Mustjala_vallavalitsus, lk 36
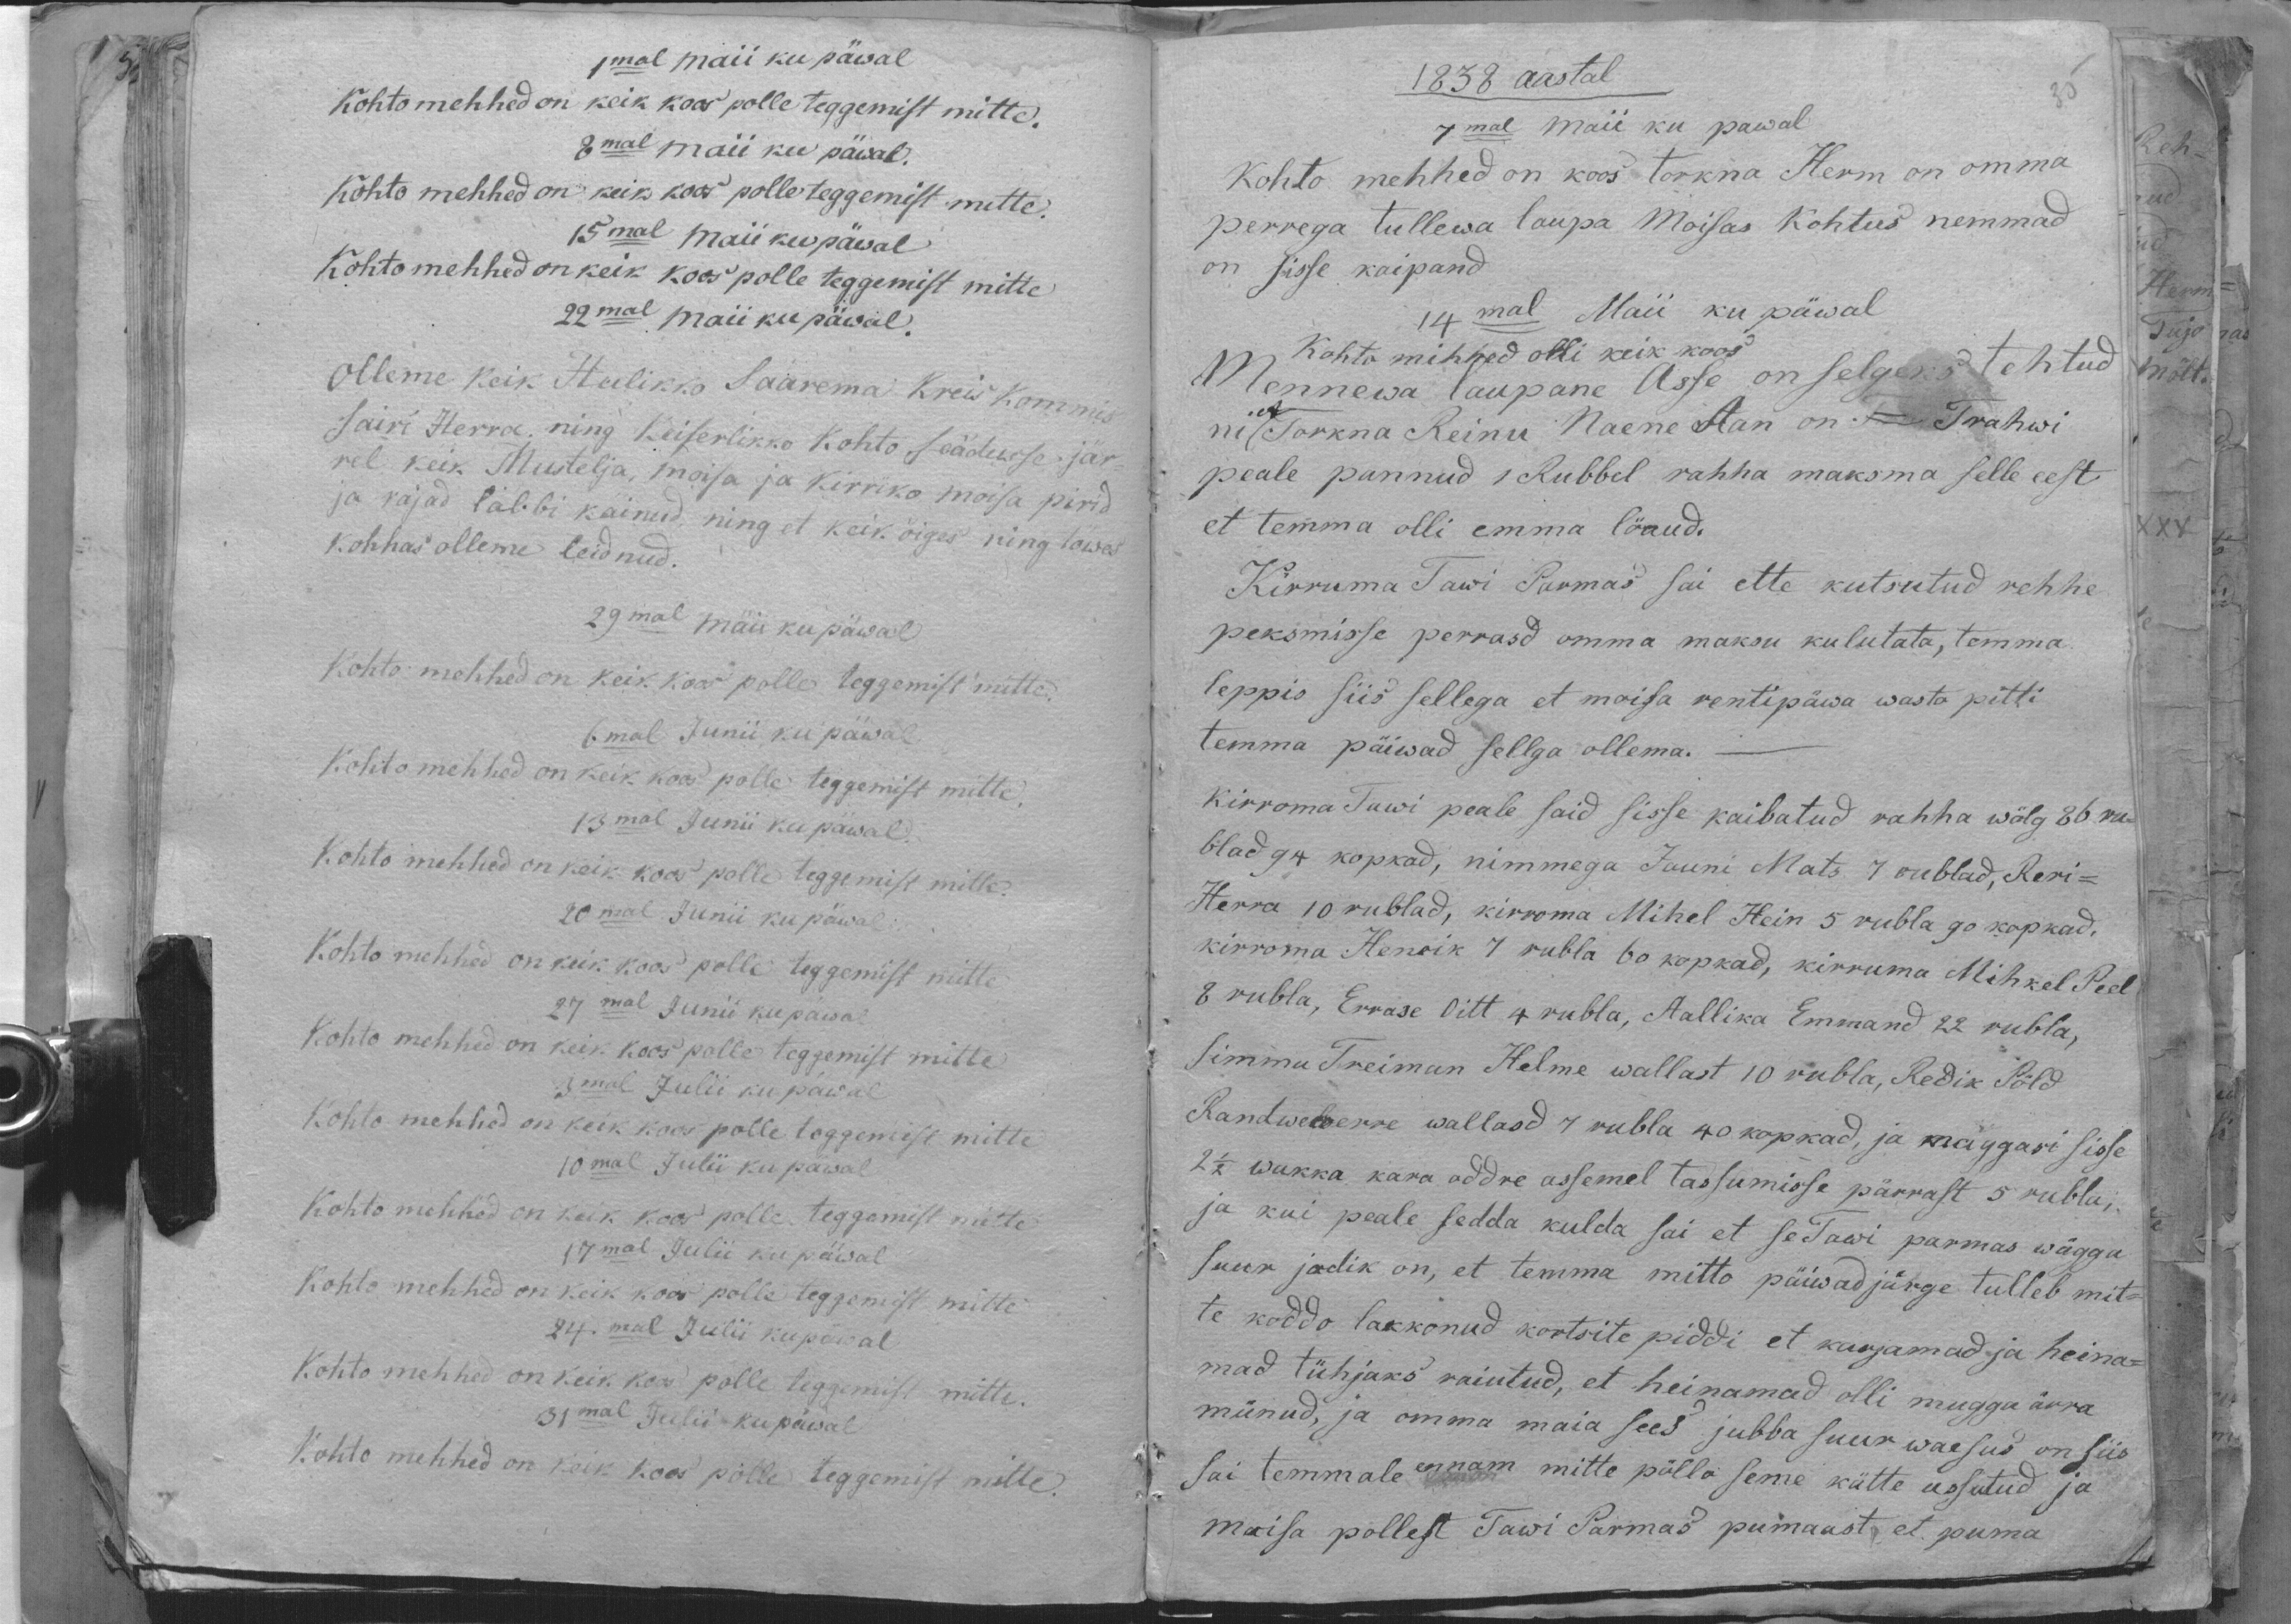
1mal maii ku päwal
Kohto mehhed on keik koos polle teggemist mitte.
8mal maii ku päwal.
Kohto mehhed on keik koos polle teggemist mitte.
15mal Maii ku päwal
Kohto mehhed on keik koos polle teggemist mitte
22mal maii ku päwal.
Olleme keik Hulikko Saarema Kreis Kommis
Jairi Herra ning Keiserlikko Kohto seädusse jär.
rel keik Mustelja, moisa ja kirriko moisa pirid
ja rajad läbbi käinud, ning et keik öiges ning töwes
kohhas olleme teidnud.
29mal mäii ku päwal
Kohto mehhed on keik koos polle teggemist mitte.
6mal Junii ku päwal
Kohto mehhed on keik koos polle teggemist mitte,
13mal Juniiku päwal.
Kohto mehhed on keik koos polle teggemist mitte.
20mal Junii ku päwal
Kohto mehhed on keik koos polle teggemist mitte
27mal Junii ku päwal.
Kohto mehhed on keik koos polle teggemist mitte
3mal Julii ku päwal
Kohto mehhed on keik koos polle toggemist mitte
10mal Julii ku päwal
Kohto mehhed on kõik koos polle teggamist mitte
17mal Julii ku päwal
Kohto mehhed on keik koos polle teggemist mitte
24mal Julii ku päwal.
Kohto mehhed on keik koos polle teggemist mitte.
31mal Julii ku päwal.
Kohto mehhed on keik koos põlle teggemist mitte.

1838 aastal
7mal Maii ku pawal
Kohto mehhed on koos torkna Herm on omma
perrega tullewa laupa Moisas Kohtus nemmad
on sisse kaipand
14mal Maii ku päwal
Kohtu mihhed olli keik koos
Mennewa laupane asse on selgeks tehtud
ni et Torkna Reinu Naene Aan on Trahwi
peale pannud 1 Rubbel rahha maksma selle eest
et temma olli emma lönud.
Kirruma Tawi Parmas sai ette kutsutud rehhe
peksmisse perrasd omma maksu kulutata, temma
leppis siis sellega et moisa rentipäwa wasto pitti
temma päiwad sellga ollema.
kirroma Tawi peale said sisse kaibatud rahha wõlg 86 Ru-
blad 94 kopkad, nimmega Jauni Mats. 7 rublad, Reri-
Herra 10 rublad, kirroma Mihel Hein 5 rubla 90 kopkad.
kirroma Henrik 7 rubla 60 kopkad, kirruma Mihkel Peel
8 rubla, Errase oitt 4 rubla, Aallika Emmand 22 rubla;
Simmu Treiman Helme wallast 10 rubla, Redik Pöld
Randwerre wallosd 4 rubla 40 kopkad, ja maggasi sisse
2 1/2 wakka kara oddre assemel tassumisse pärrast 5 rubla;
ja kui peale sedda kulda sai et seTawi parmas wägga
suur jodik on, et temma mitto päiwad järge tulleb mit-
te koddo lakkonud kortsite piddi et karjamad ja heina-
mad tühjaks raiutud, et heinamad olli mugga ärra
münud, ja omma maia sees jubba suur waesus on siis
sai temmale ennam mitte pölla seme kätte ussutud ja
moisa pollest Tawi Parmas pumaast et puma-